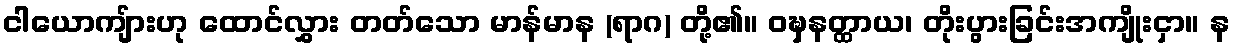
ငါယောကျ်ားဟု ထောင်လွှား တတ်သော မာန်မာန (ရာဂ) တို့၏။ ဝဍ္ဎှနတ္ထာယ၊ တိုးပွားခြင်းအကျိုးငှာ။ န